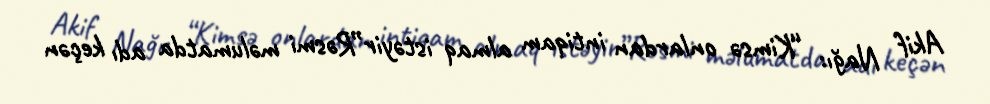
Akif Nağı: “Kimsə onlardan intiqam almaq istəyir”Rəsmi məlumatda adı keçən